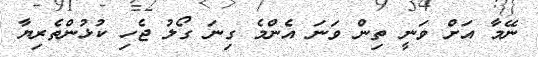
ނޭމާ އަށް ވަނީ ތިން ވަނަ އެންމެ ގިނަ ގޯލު ޖެހި ކުޅުންތެރިޔާ